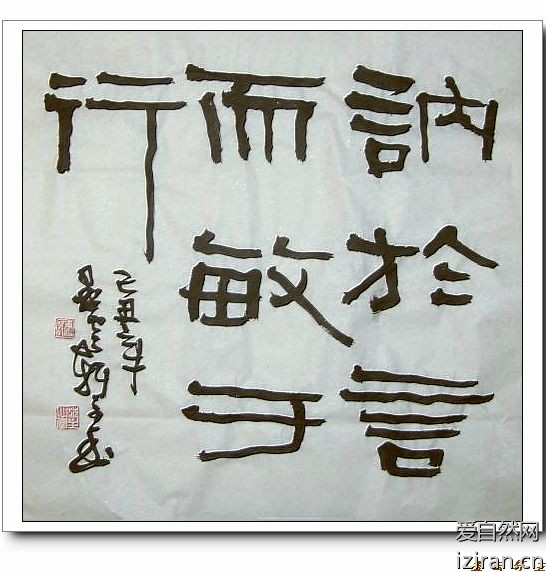
君子欲讷于言而敏于行。